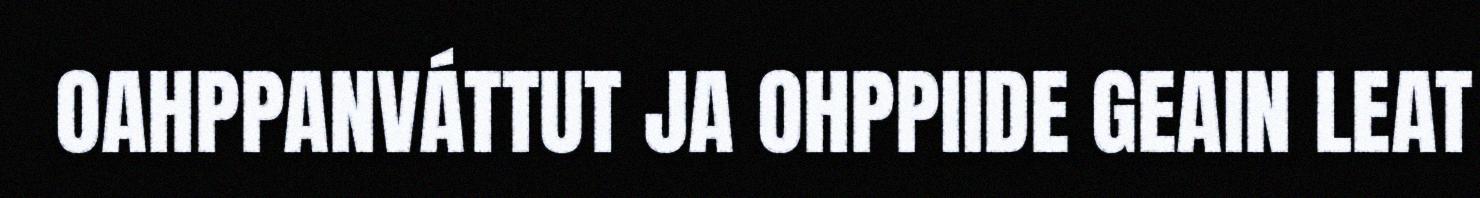
OAHPPANVÁTTUT JA OHPPIIDE GEAIN LEAT